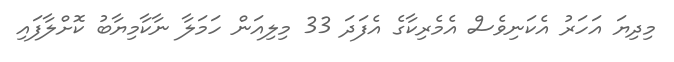
މިދިޔަ އަހަރު އެކަނިވެސް އެމެރިކާގެ އެފަދަ 33 މިިލިއަން ހަމަލާ ނާކާމިޔާބު ކޮށްލާފައި